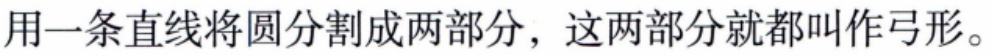
用一条直线将圆分割成两部分，这两部分就都叫作弓形。